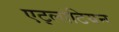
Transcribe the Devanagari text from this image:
एट्लांटियन